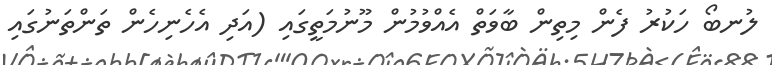
ލުނބޯ ހަކުރު ފެން މިތިން ބާވަތް އެއްވުމުން މޫނުމަތީގައި (އަދި އެހެނިހެން ތަންތަނުގައި